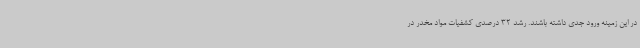
در این زمینه ورود جدی داشته باشند. رشد 32 درصدی کشفیات مواد مخدر در